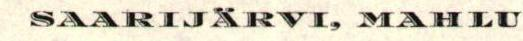
SAARIJÄRVI, MAHLU